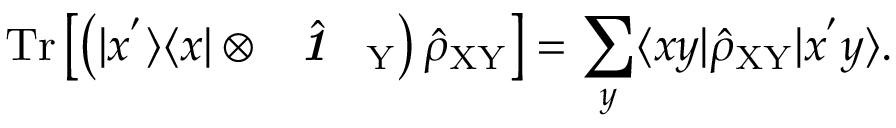
\mathrm { T r } \left[ \left( | x ^ { ' } \rangle \langle x | \otimes \hat { \textbf { \textit { 1 } } \, } _ { \! \mathrm { Y } } \right) \hat { \rho } _ { \mathrm { X Y } } \right] = \sum _ { y } \langle x y | \hat { \rho } _ { \mathrm { X Y } } | x ^ { ' } y \rangle .